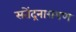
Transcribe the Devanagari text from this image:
सतेंद्रनारायण